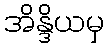
အိန္ဒိယမှ